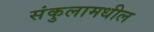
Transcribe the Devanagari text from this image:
संकुलामधील